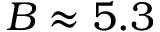
B \approx 5 . 3